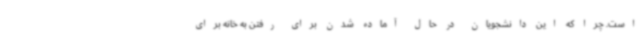
است. چرا که این دانشجویان در حال آماده شدن برای رفتن به خانه برای